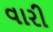
વારી